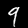
Label: 9